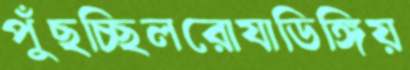
পুঁছচ্ছিলরোযাডিঙ্গিয়